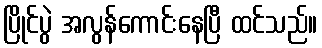
ပြိုင်ပွဲ အလွန်ကောင်းနေပြီ ထင်သည်။